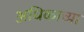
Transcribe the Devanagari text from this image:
अधिकाच्या